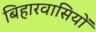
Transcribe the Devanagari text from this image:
बिहारवासियों